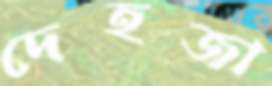
দেহজা